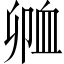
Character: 𲀗